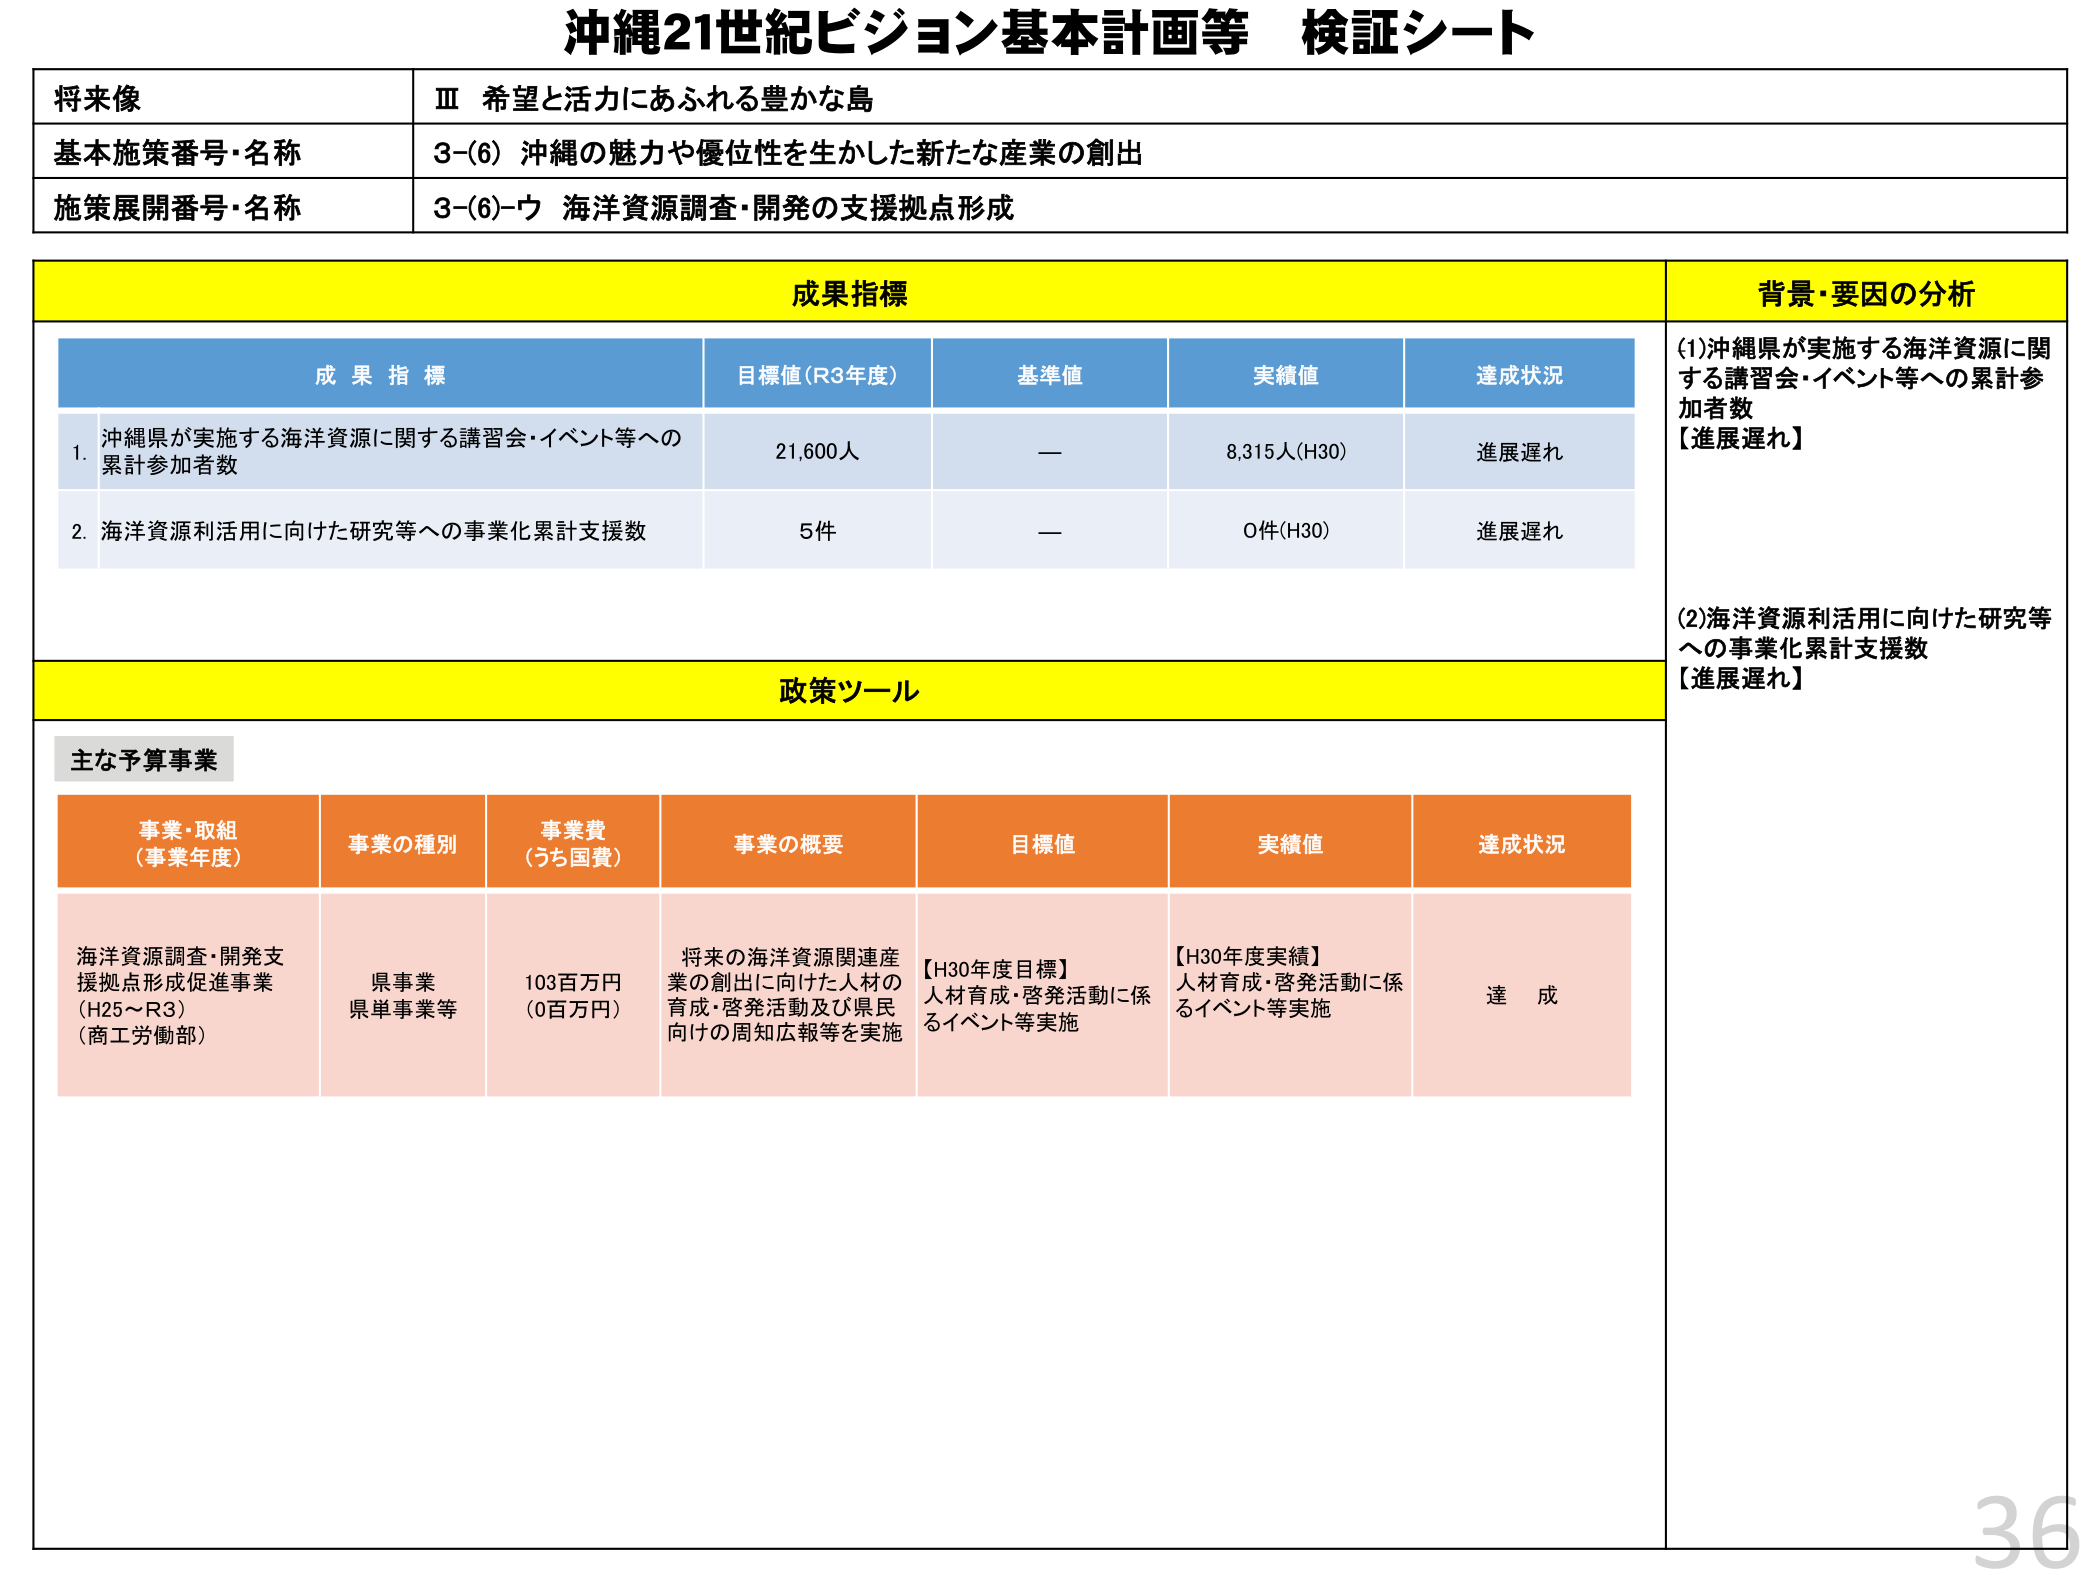
沖縄21世紀ビジョン基本計画等 検証シート

将来像
Ⅲ 希望と活力にあふれる豊かな島

基本施策番号・名称
3-(6) 沖縄の魅力や優位性を生かした新たな産業の創出

施策展開番号・名称
3-(6)-ウ 海洋資源調査・開発の支援拠点形成

成果指標
背景・要因の分析

成果指標
目標値（R3年度）
基準値
実績値
達成状況

1. 沖縄県が実施する海洋資源に関する講習会・イベント等への累計参加者数
21,600人
—
8,315人(H30)
進展遅れ

2. 海洋資源利活用に向けた研究等への事業化累計支援数
5件
—
0件(H30)
進展遅れ

(1)沖縄県が実施する海洋資源に関する講習会・イベント等への累計参加者数
【進展遅れ】

(2)海洋資源利活用に向けた研究等への事業化累計支援数
【進展遅れ】

政策ツール

主な予算事業

事業・取組（事業年度）
事業の種別
事業費（うち国費）
事業の概要
目標値
実績値
達成状況

海洋資源調査・開発支援拠点形成促進事業（H25～R3）（商工労働部）
県事業 県単事業等
103百万円（0百万円）
将来の海洋資源関連産業の創出に向けた人材の育成・啓発活動及び県民向けの周知広報等を実施
【H30年度目標】人材育成・啓発活動に係るイベント等実施
【H30年度実績】人材育成・啓発活動に係るイベント等実施
達成

36